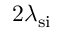
2 \lambda _ { \mathrm { s i } }